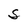
Character: S